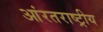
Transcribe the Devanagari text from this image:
आंरतराष्ट्रीय